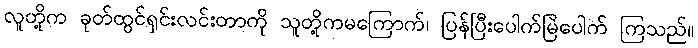
လူတို့က ခုတ်ထွင်ရှင်းလင်းတာကို သူတို့ကမကြောက်၊ ပြန်ပြီးပေါက်မြဲပေါက် ကြသည်။